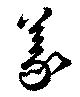
義